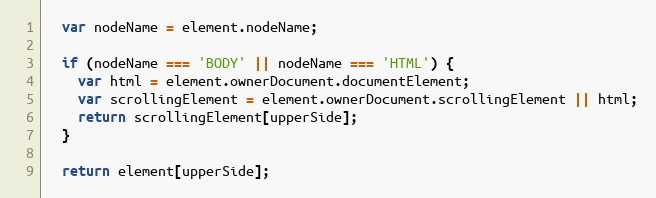
Language: JavaScript
  var nodeName = element.nodeName;

  if (nodeName === 'BODY' || nodeName === 'HTML') {
    var html = element.ownerDocument.documentElement;
    var scrollingElement = element.ownerDocument.scrollingElement || html;
    return scrollingElement[upperSide];
  }

  return element[upperSide];